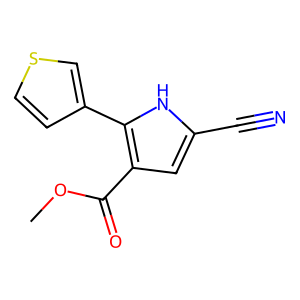
SMILES: COC(=O)c1cc(C#N)[nH]c1-c1ccsc1
Inhibits HIV replication: No